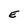
Character: E